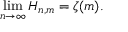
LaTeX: \operatorname* { l i m } _ { n \rightarrow \infty } H _ { n , m } = \zeta ( m ) .